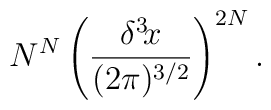
N^N\left({\delta^3\!x\over(2\pi)^{3/2}}\right)^{2N}.